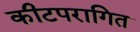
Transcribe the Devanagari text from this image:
कीटपरागित